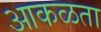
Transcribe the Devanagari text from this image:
आकळता